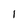
Character: 1